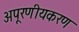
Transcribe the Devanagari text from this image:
अपूरणीयकरण